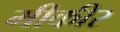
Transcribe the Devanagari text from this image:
मीकीर